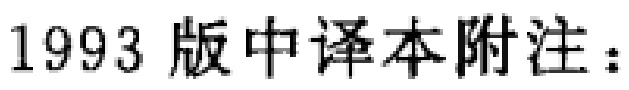
1993 版中译本附注：